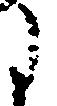
に